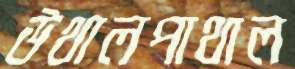
উথালপাথাল